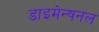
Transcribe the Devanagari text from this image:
डाइमेन्षनल